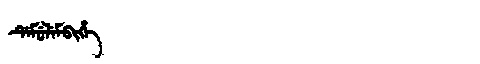
Manchu: ᡩᡝᠮᡠᠯᡝᠮᠪᡳᡥᡝ
Romanization: DEMULEMBIHE